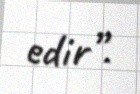
edir”.